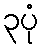
၃ပုံ